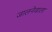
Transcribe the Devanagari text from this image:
जालनेवाला